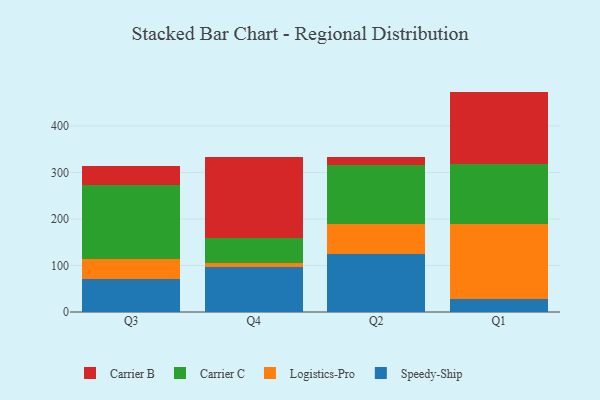
{"axis": {"x": "Quarter", "y": "Page Views"}, "legend": ["Carrier B", "Carrier C", "Logistics-Pro", "Speedy-Ship"], "data": [{"x": "Q3", "y": 70.6, "type": "Speedy-Ship"}, {"x": "Q3", "y": 43.6, "type": "Logistics-Pro"}, {"x": "Q3", "y": 158.2, "type": "Carrier C"}, {"x": "Q3", "y": 40.9, "type": "Carrier B"}, {"x": "Q4", "y": 96.4, "type": "Speedy-Ship"}, {"x": "Q4", "y": 9.6, "type": "Logistics-Pro"}, {"x": "Q4", "y": 52.5, "type": "Carrier C"}, {"x": "Q4", "y": 173.6, "type": "Carrier B"}, {"x": "Q2", "y": 125.6, "type": "Speedy-Ship"}, {"x": "Q2", "y": 64.2, "type": "Logistics-Pro"}, {"x": "Q2", "y": 125.8, "type": "Carrier C"}, {"x": "Q2", "y": 17.5, "type": "Carrier B"}, {"x": "Q1", "y": 28.2, "type": "Speedy-Ship"}, {"x": "Q1", "y": 161.8, "type": "Logistics-Pro"}, {"x": "Q1", "y": 128.3, "type": "Carrier C"}, {"x": "Q1", "y": 155.4, "type": "Carrier B"}]}